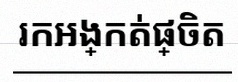
រកអង្កត់ផ្ចិត